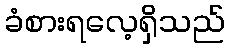
ခံစားရလေ့ရှိသည်